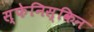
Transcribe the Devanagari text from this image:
स्फेनिस्किन